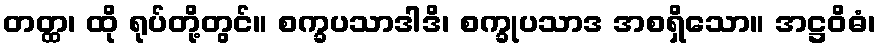
တတ္ထ၊ ထို ရုပ်တို့တွင်။ စက္ခပသာဒါဒိ၊ စက္ခုပသာဒ အစရှိသော။ အဋ္ဌဝိဓံ၊